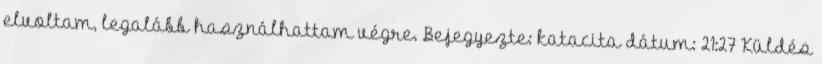
elvoltam, legalább használhattam végre. Bejegyezte: katacita dátum: 21:27 Küldés